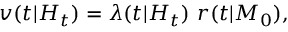
v ( t | H _ { t } ) = \lambda ( t | H _ { t } ) \ r ( t | M _ { 0 } ) ,